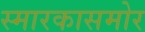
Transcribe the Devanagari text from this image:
स्मारकासमोर